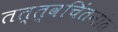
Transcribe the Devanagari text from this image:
तत्त्वचिंतनांत